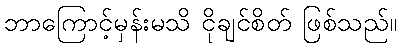
ဘာကြောင့်မှန်းမသိ ငိုချင်စိတ် ဖြစ်သည်။